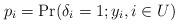
LaTeX: \begin{align*}p_i = \mbox{Pr}(\delta_i = 1; y_i, i\in U)\end{align*}